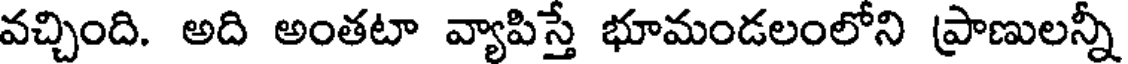
వచ్చింది. అది అంతటా వ్యాపిస్తే భూమండలంలోని ప్రాణులన్నీ